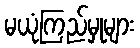
မယုံကြည်မှုများ